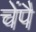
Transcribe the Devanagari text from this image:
चेंपै